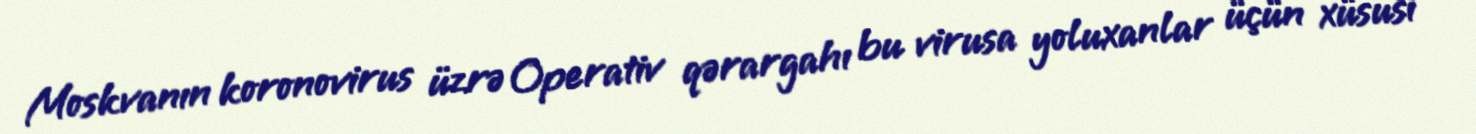
Moskvanın koronovirus üzrə Operativ qərargahı bu virusa yoluxanlar üçün xüsusi